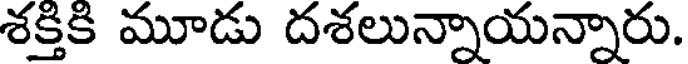
శక్తికి మూడు దశలున్నాయన్నారు.